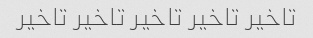
تاخیر تاخیر تاخیر تاخیر تاخیر